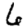
Digit: 6